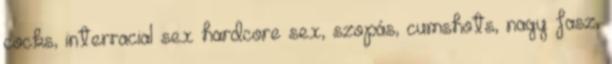
cocks, interracial sex hardcore sex, szopás, cumshots, nagy fasz,